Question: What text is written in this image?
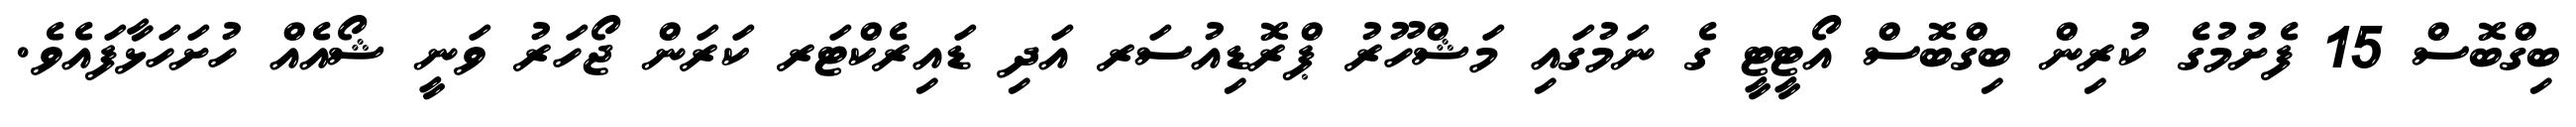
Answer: ބިގްބޮސް 15 ފެށުމުގެ ކުރިން ބިގްބޮސް އޯޓީޓީ ގެ ނަމުގައި މަޝްހޫރު ޕްރޮޑިއުސަރ އަދި ޑައިރެކްޓަރ ކަރަން ޖޯހަރު ވަނީ ޝޯއެއް ހުށަހަޅާފައެވެ.